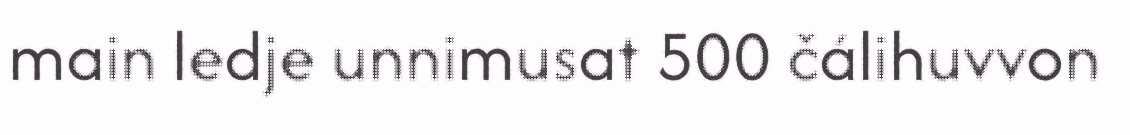
main ledje unnimusat 500 čálihuvvon